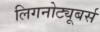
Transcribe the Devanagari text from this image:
लिगनोट्यूबर्स